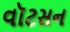
વૉટસન